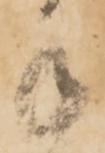
手